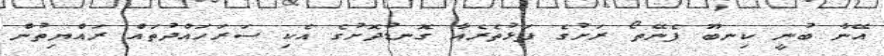
އޭނާ ބުނީ ކިނބޫ ފެނޭތޯ ރަށުގެ ފަޅުތެރެއާ ގޮނޑުދޮށުގެ އެކި ސަރަހައްދުތައް ރައްޔިތުން